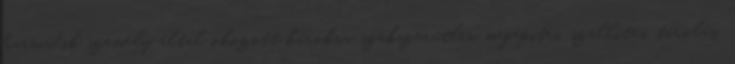
harmadik személy által okozott károkra szakszerűtlen megépítés, szállítás, tárolás,